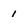
Character: 1